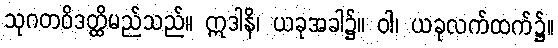
သုဂတဝိဒတ္ထိမည်သည်။ ဣဒါနိ၊ ယခုအခါ၌။ ဝါ၊ ယခုလက်ထက်၌။